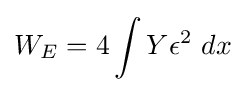
W_{E}=4\int Y\epsilon ^{2}~dx